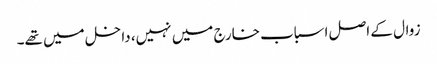
زوال کے اصل اسباب خارج میں نہیں، داخل میں تھے۔